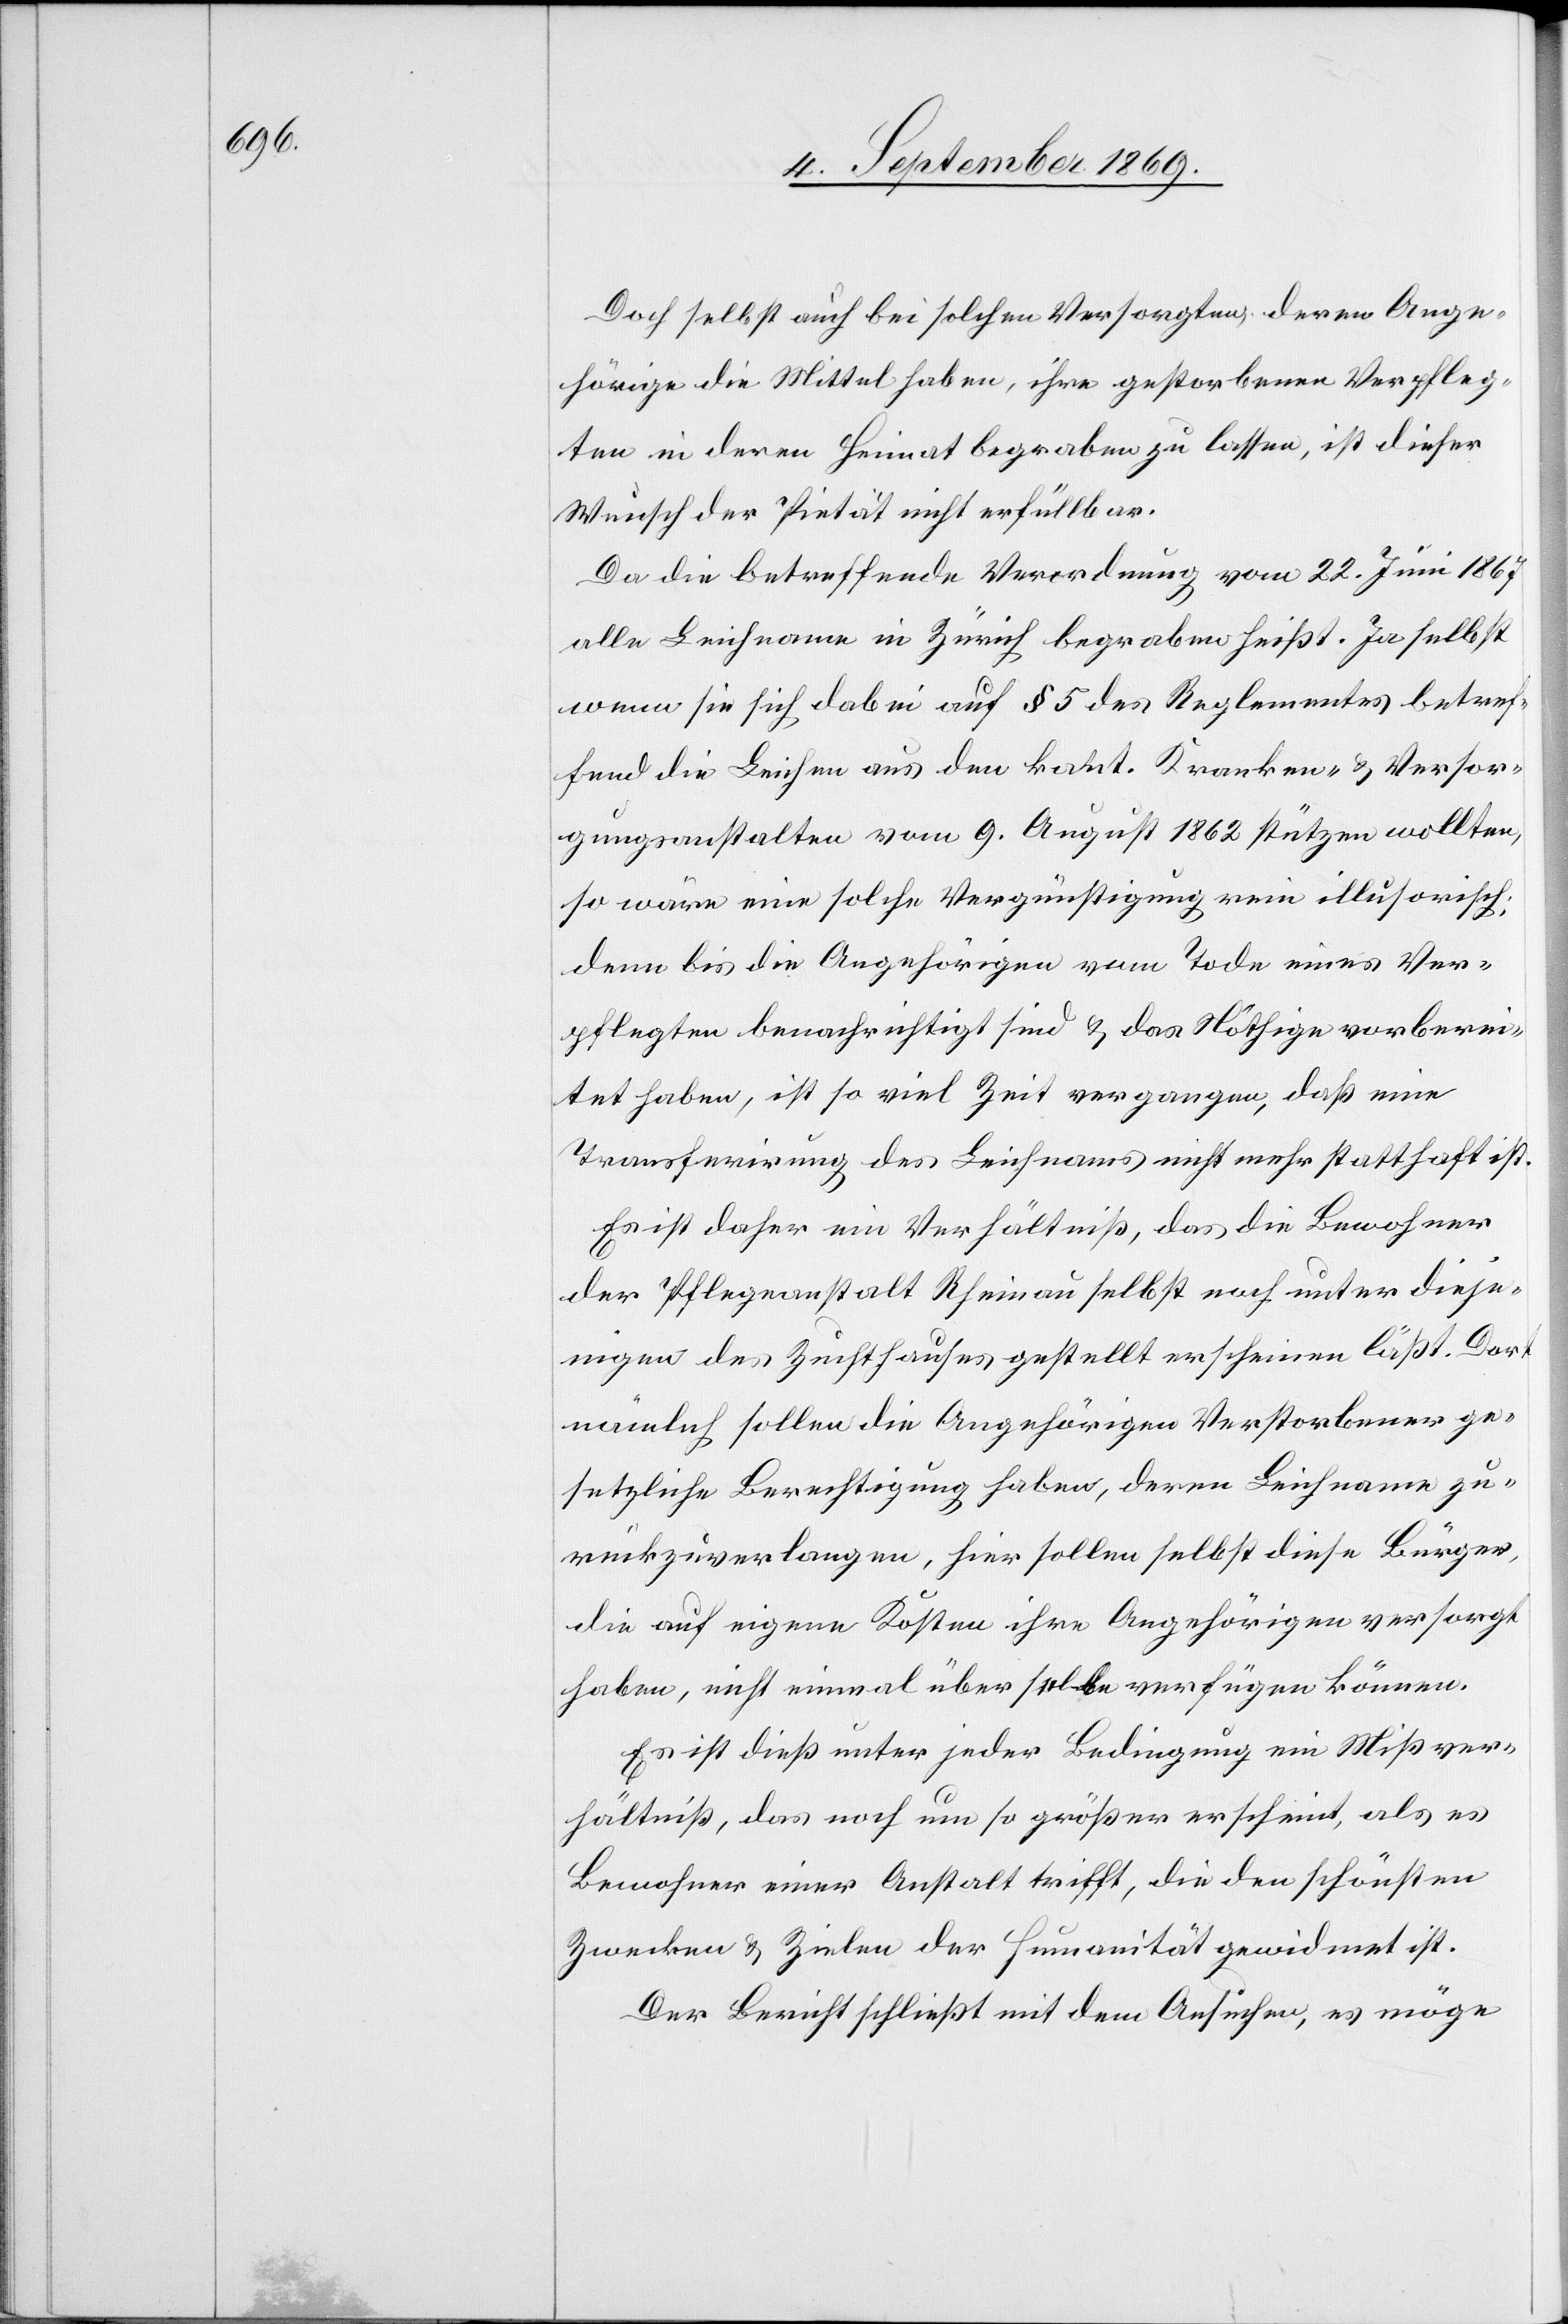
Doch selbst auch bei solchen Versorgten, deren Ange¬
hörige die Mittel haben, ihre gestorbenen Verpfleg¬
ten in deren Heimat begraben zu lassen, ist dieser
Wunsch der Pietät nicht erfüllbar.
Da die betreffende Verordnung vom 22. Juni 1867
alle Leichname in Zürich begraben heißt. [sic!] Ja selbst
wenn sie sich dabei auf § 5 des Reglementes betref¬
fend die Leichen aus den kant. Kranken- & Versor¬
gungsanstalten vom 9. August 1862 stützen wollten,
so wäre eine solche Vergünstigung rein illusorisch;
denn bis die Angehörigen vom Tode eines Ver¬
pflegten benachrichtigt sind & das Nöthige vorberei¬
tet haben, ist so viel Zeit vergangen, daß eine
Transferirung des Leichnams nicht mehr statthaft ist.
Es ist daher ein Verhältniß, das die Bewohner
der Pflegeanstalt Rheinau selbst noch unter dieje¬
nigen des Zuchthauses gestellt erscheinen läßt. Dort
nämlich sollen die Angehörigen Verstorbener ge¬
setzliche Berechtigung haben, deren Leichname zu¬
rückzuverlangen, hier sollen selbst diese Bürger,
die auf eigene Kosten ihre Angehörigen versorgt
haben, nicht einmal über selbe verfügen können.
Es ist dieß unter jeder Bedingung ein Mißver¬
hältniß, das noch um so größer erscheint, als es
Bewohner einer Anstalt trifft, die den schönsten
Zwecken & Zielen der Humanität gewidmet ist.
Der Bericht schließt mit dem Ansuchen, es möge